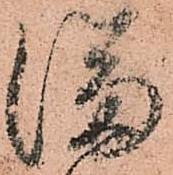
満